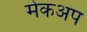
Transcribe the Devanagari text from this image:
मेकअप